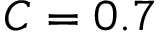
C = 0 . 7